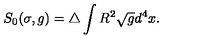
S _ { 0 } ( \sigma , g ) = \triangle \int R ^ { 2 } \sqrt { g } d ^ { 4 } x .